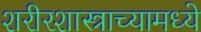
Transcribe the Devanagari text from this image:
शरीरशास्त्राच्यामध्ये